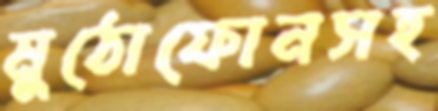
মুঠোফোনসহ